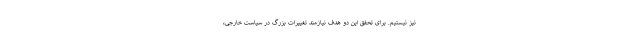
نیز نیستیم. برای تحقق این دو هدف نیازمند تغییرات بزرگ در سیاست خارجی،